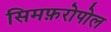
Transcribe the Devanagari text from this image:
सिमफ़रोपोल